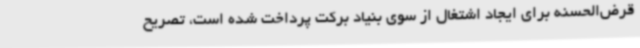
قرض‌الحسنه برای ایجاد اشتغال از سوی بنیاد برکت پرداخت شده است، تصریح